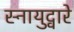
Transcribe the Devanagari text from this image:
स्नायुद्वारे